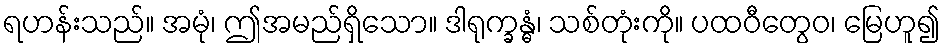
ရဟန်းသည်။ အမုံ၊ ဤအမည်ရှိသော။ ဒါရုက္ခန္ဓံ၊ သစ်တုံးကို။ ပထဝီတွေဝ၊ မြေဟူ၍